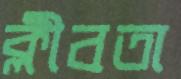
ক্লীবতা